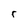
Character: r